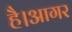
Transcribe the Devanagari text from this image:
है।आगर